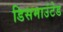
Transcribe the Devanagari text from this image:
डिसमाउंटेड